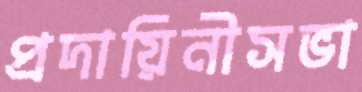
প্রদায়িনীসভা